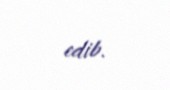
edib.